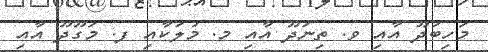
މަހިބަދޫ އާއި ވ. ތިނަދޫ އާއި މ. މުލަކާއި ފ. މަގޫދޫ އާއި